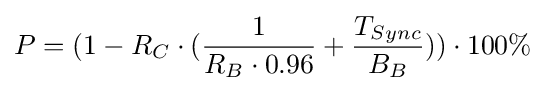
P=(1-R_{C}\cdot ({\frac {1}{R_{B}\cdot 0.96}}+{\frac {T_{Sync}}{B_{B}}}))\cdot 100\%